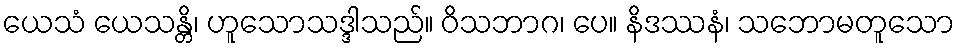
ယေသံ ယေသန္တိ၊ ဟူသောသဒ္ဒါသည်။ ဝိသဘာဂ၊ ပေ။ နိဒဿနံ၊ သဘောမတူသော